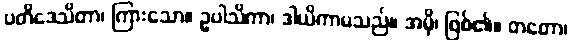
ပတိဒေသိတာ၊ ကြားသော။ ဥပါသိကာ၊ ဒါယိကာမသည်။ အမှိ၊ ဖြစ်၏။ တတော၊